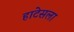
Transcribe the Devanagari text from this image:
हाटेसला